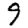
Digit: 9